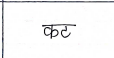
मजकूर: कट